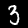
Label: 3